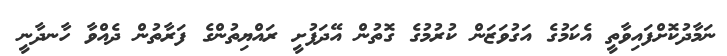
ނަމާދުކޮށްފައިވާތީ އެކަމުގެ އަގުވަޒަން ކުރުމުގެ ގޮތުން އޭދަފުށީ ރައްޔިތުންގެ ފަރާތުން ދެއްވާ ހާނދާނީ